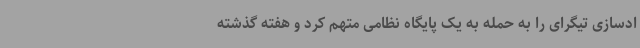
ادسازی تیگرای را به حمله به یک پایگاه نظامی متهم کرد و هفته گذشته